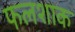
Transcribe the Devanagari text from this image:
फलशाक